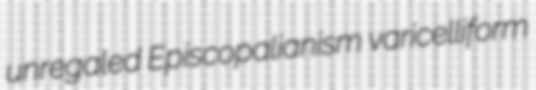
unregaled Episcopalianism varicelliform